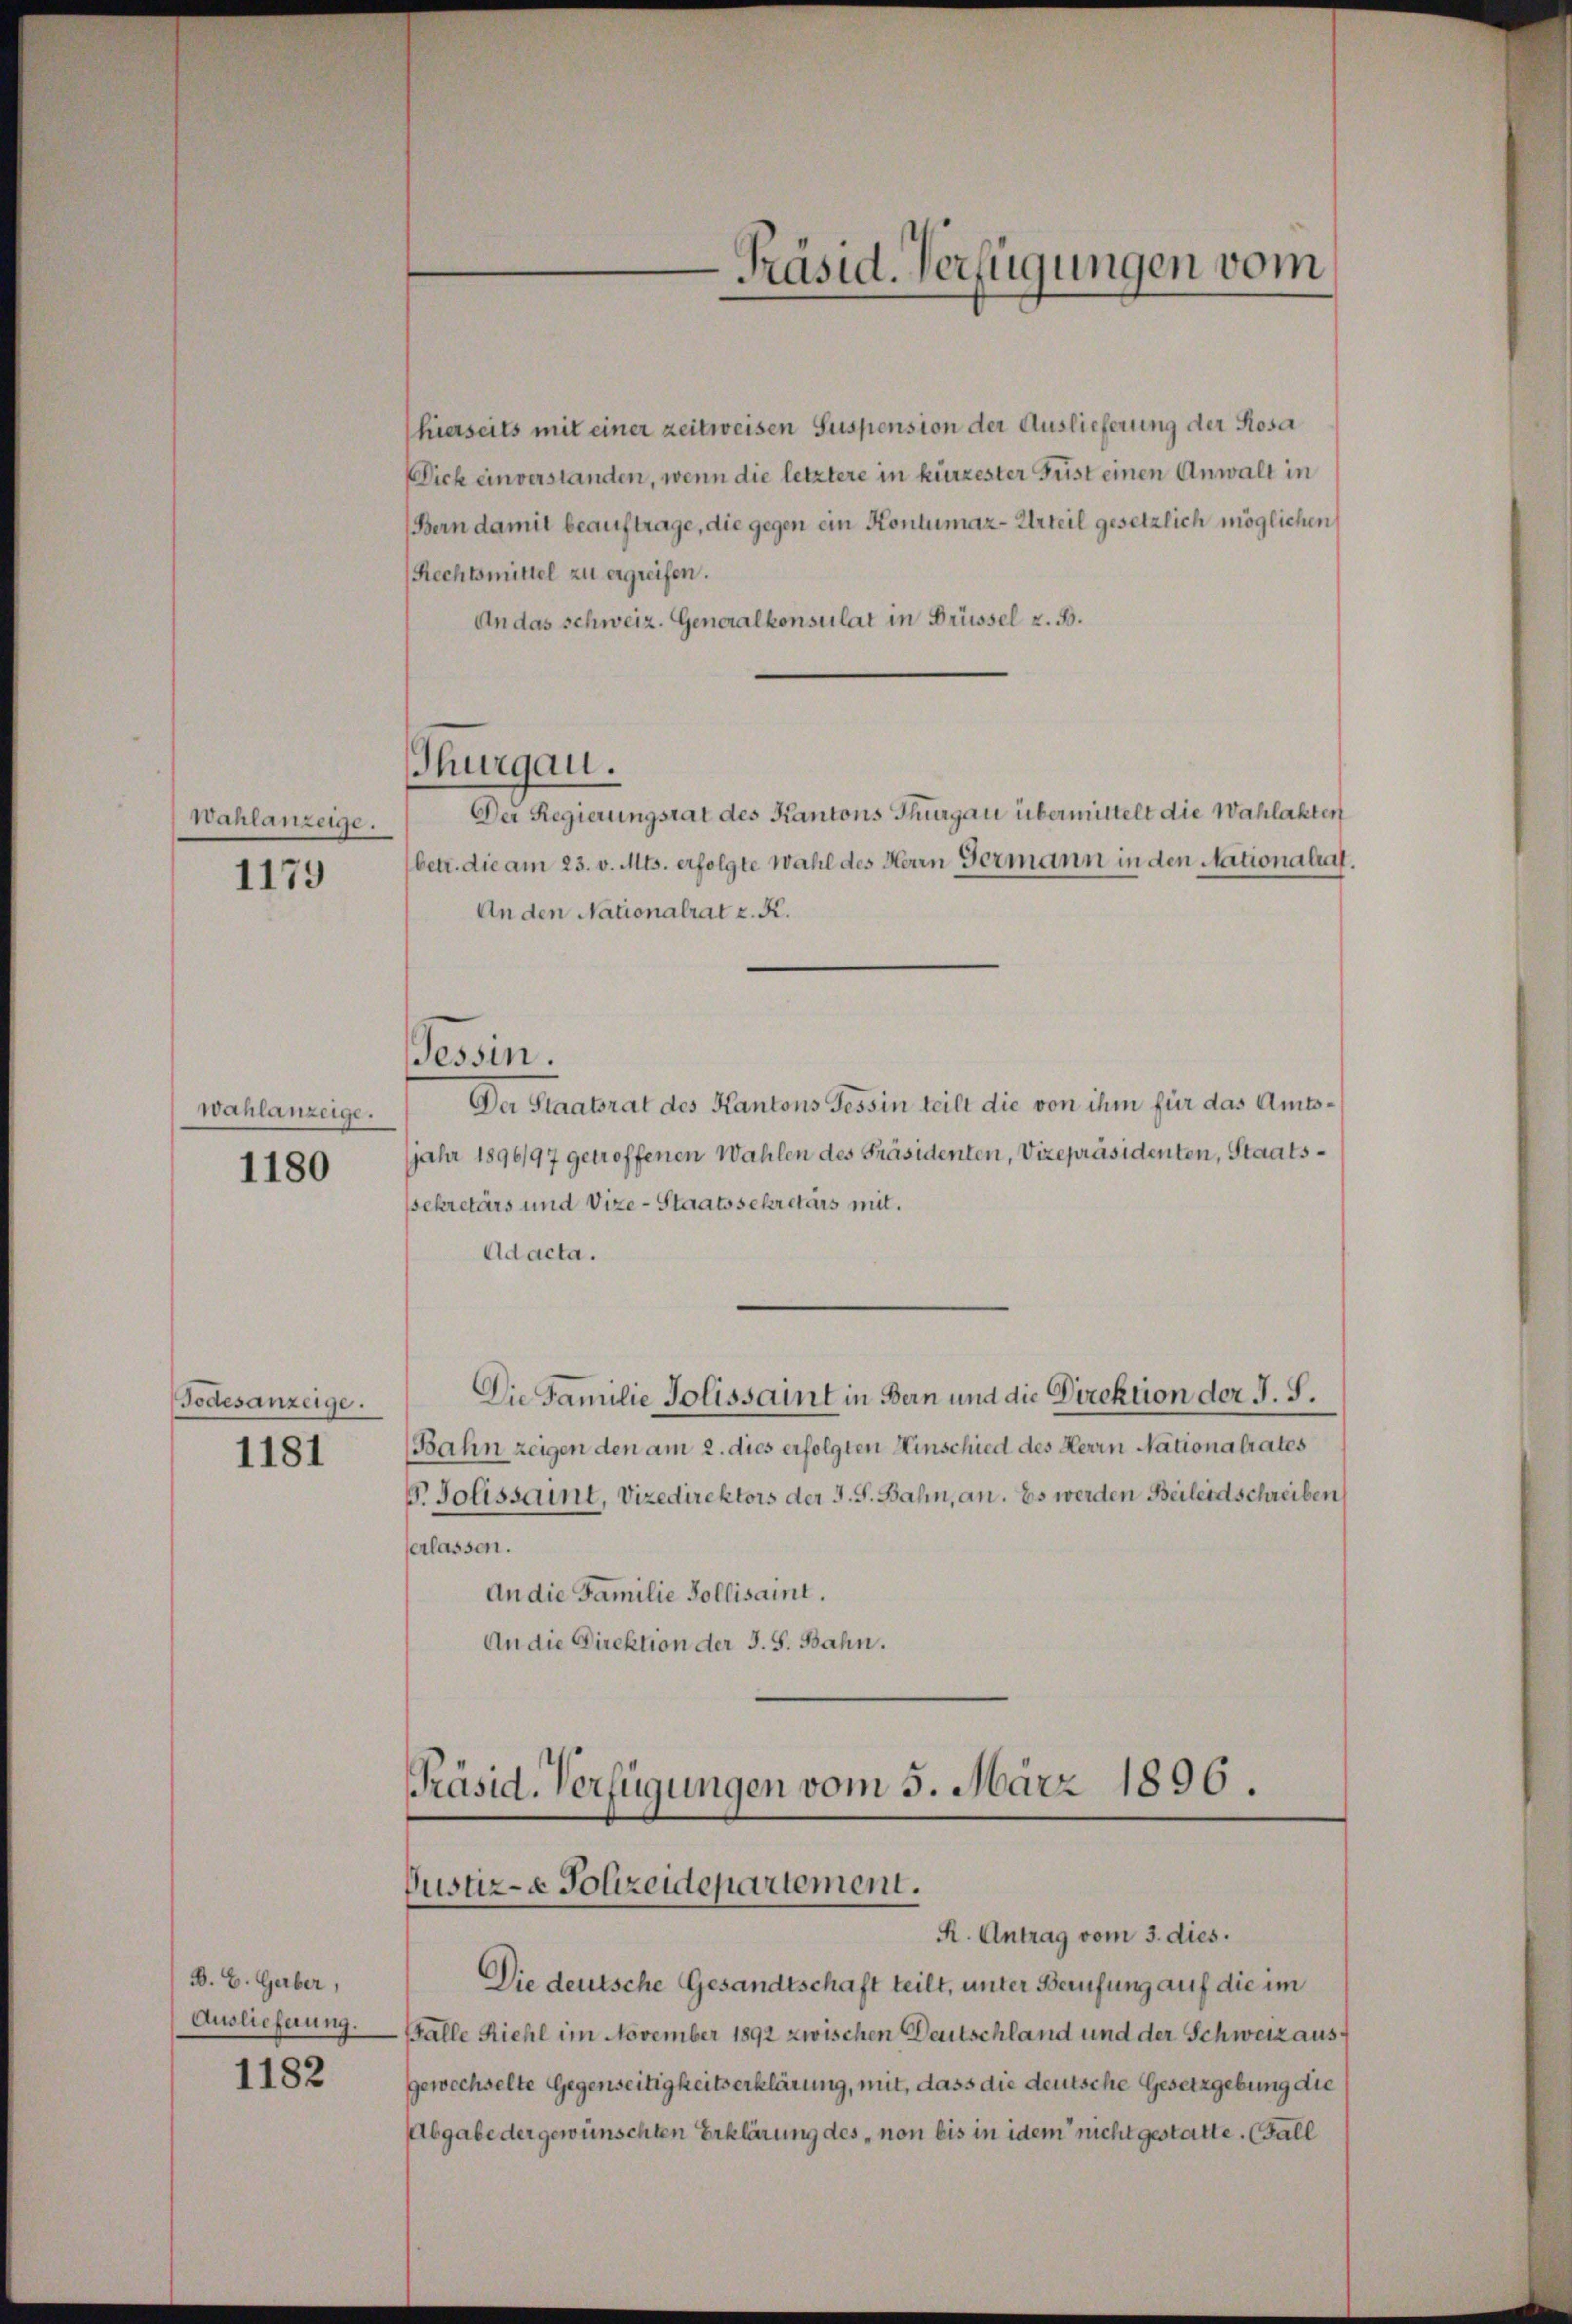
Wahlanzeige.
1179

wahlanzeige.

1180

Todesanzeige.
1181

B. H. Guber,
Auslieferung.
1182

hierseits mit einer zeitweisen Suspension der Auslieferung der Rosa
Dick einverstanden, wenn die letztere in kürzester Frist einen Anwalt in
Bern damit beauftrage, die gegen ein Kontumaz-Urteil gesetzlich möglichen
(Rechtsmittel zu ergreifen.
An das schweiz. Generalkonsulat in Brüssel z. B.
Der Regierungsrat des Kantons Thurgau übermittelt die Wahlakten
betr. die am 23. v. Mts. erfolgte Wahl des Herrn Germann in den Nationalrat
An den Nationalrat z. R.
Der Staatsrat des Kantons Tessin teilt die von ihm für das Amts¬
Jahr 1896/97 getroffenen Wahlen des Präsidenten, Vizepräsidenten, Staatsssekretärs und Vize-Staatssekretärs mit.
Ad acta.
Die Familie Tolissaint in Bern und die Direktion der J. S.
Bahn zeigen den am 2. dies erfolgten Hinschied des Herrn Nationalrates
G. Solissait, Vizedirektors der J. J. Bahn, an. Es werden Beileidschreiben
erlassen.
An die Familie Pollisaint.
An die Direktion der S. S. Bahn.

Thurgau.

essin.

Präsid. Verfügungen vom

Präsid. Verfügungen vom 5. März 1896.
Justiz- & Polizeidepartement.
R. Antrag vom 3. dies.

Die deutsche Gesandtschaft teilt, unter Berufung auf die im
Balle Riehl im November 1892 zwischen Deutschland und der Schweiz ausgewechselte Gegenseitigkeitserklärung, mit, dass die deutsche Gesetzgebung die
Abgabe der gewünschten Erklärung des „non bis in idem nicht gestatte. (Fall